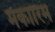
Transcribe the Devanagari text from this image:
मकारिम